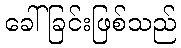
ခေါ်ခြင်းဖြစ်သည်